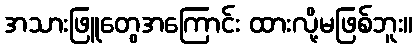
အသားဖြူတွေအကြောင်း ထားလို့မဖြစ်ဘူး။